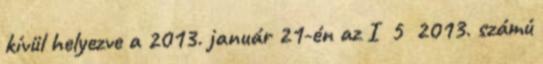
kívül helyezve a 2013. január 21-én az I 5 2013. számú